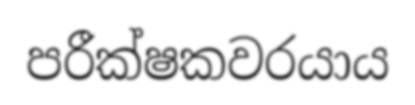
පරීක්ෂකවරයාය